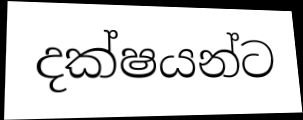
දක්ෂයන්ට